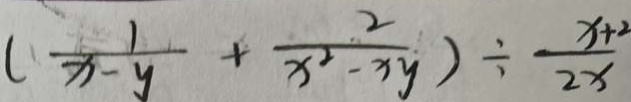
( \frac { 1 } { x - y } + \frac { 2 } { x ^ { 2 } - x y } ) \div \frac { x + 2 } { 2 x }